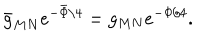
\bar { g } _ { M N } e ^ { - \bar { \Phi } / 4 } = g _ { M N } e ^ { - \Phi / 4 } .